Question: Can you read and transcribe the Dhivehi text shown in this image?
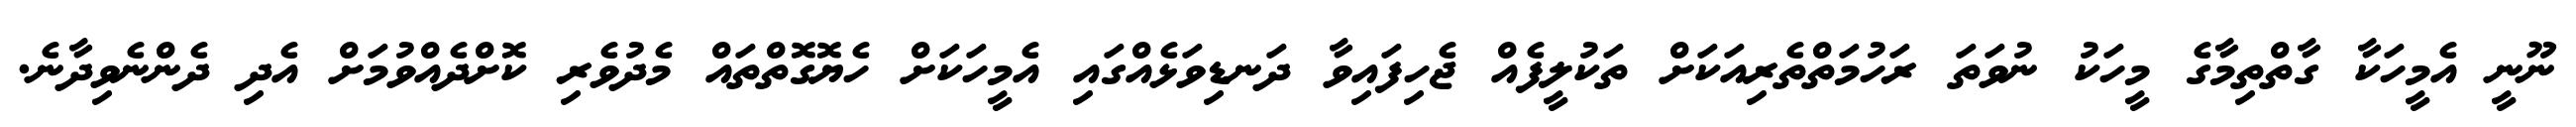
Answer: ނޫނީ އެމީހަކާ ގާތްތިމާގެ މީހަކު ނުވަތަ ރަހުމަތްތެރިއަކަށް ތަކުލީފެއް ޖެހިފައިވާ ދަނޑިވަޅެއްގައި އެމީހަކަށް ހެޔޮގޮތްތައް މެދުވެރި ކޮށްދެއްވުމަށް އެދި ދެންނެވިދާނެ.